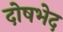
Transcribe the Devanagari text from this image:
दोषभेद